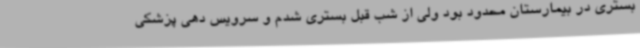
بستری در بیمارستان محدود بود ولی از شب قبل بستری شدم و سرویس دهی پزشکی